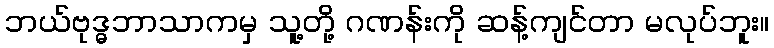
ဘယ်ဗုဒ္ဓဘာသာကမှ သူ့တို့ ဂဏန်းကို ဆန့်ကျင်တာ မလုပ်ဘူး။